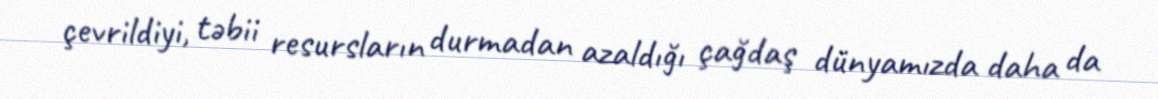
çevrildiyi, təbii resursların durmadan azaldığı çağdaş dünyamızda daha da